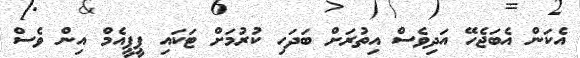
އެކަން އެބަޖެހޭ އަދިވެސް އިތުރަށް ބަދަހި ކުރުމަށް ޓަކައި ޕީޕީއެމް އިން ވެސް